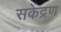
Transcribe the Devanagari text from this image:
सकेंद्रण